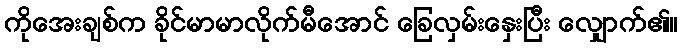
ကိုအေးချစ်က ခိုင်မာမာလိုက်မီအောင် ခြေလှမ်းနှေးပြီး လျှောက်၏။